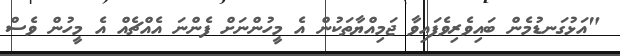
"އަޅުގަނޑުމެން ބައިވެރިވެފައިވާ ޖަމިއްޔާތަކުން އެ މީހުންނަށް ފެންނަ އެއްޗެއް އެ މީހުން ވެސް